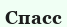
Спасс